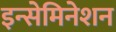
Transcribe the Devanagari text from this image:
इन्सेमिनेशन